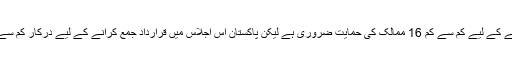
اقوام متحدہ کی انسانی حقوق کونسل میں قرارداد جمع کرانے کے لیے کم سے کم 16 ممالک کی حمایت ضروری ہے لیکن پاکستان اس اجلاس میں قرارداد جمع کرانے کے لیے درکار کم سے کم ممالک کی حمایت کی شرط بھی پوری نہیں کر سکا۔